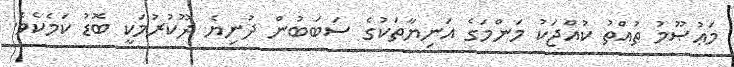
މަޢުޞޫމު ތުއްތު ކުއްޖަކު މަންމަގެ އަނިޔާތަކުގެ ސަބަބުން ދުނިޔެ ދޫކުރުމަކީ ބޮޑު ކަމެކެވެ.